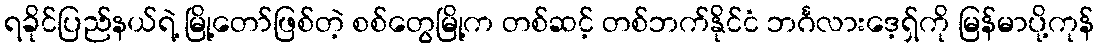
ရခိုင်ပြည်နယ်ရဲ့ မြို့တော်ဖြစ်တဲ့ စစ်တွေမြို့က တစ်ဆင့် တစ်ဘက်နိုင်ငံ ဘင်္ဂလားဒေ့ရှ်ကို မြန်မာပို့ကုန်